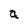
Character: a